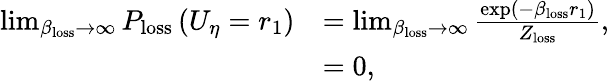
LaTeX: \begin{array}{rl}{\operatorname*{lim}_{\beta_{\mathrm{loss}}\rightarrow\infty}P_{\mathrm{loss}}\left(U_{\eta}=r_{1}\right)}&{=\operatorname*{lim}_{\beta_{\mathrm{loss}}\rightarrow\infty}\frac{\exp\left(-\beta_{\mathrm{loss}}r_{1}\right)}{Z_{\mathrm{loss}}},}\\ &{=0,}\end{array}